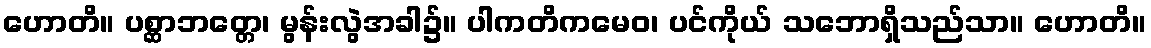
ဟောတိ။ ပစ္ဆာဘတ္တေ၊ မွန်းလွဲအခါ၌။ ပါကတိကမေဝ၊ ပင်ကိုယ် သဘောရှိသည်သာ။ ဟောတိ။